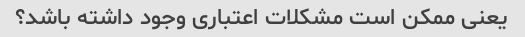
یعنی ممکن است مشکلات اعتباری وجود داشته باشد؟